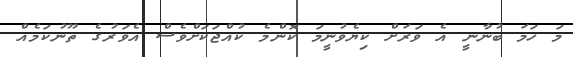
މަ ހަމަ ބުނާނީ އެ ވަރަށް ކިޔެވުނީމަ ކޮންމެ ކުއްޖަކަށްވެސް އެވަރުގެ ތޫނުކަމެއް